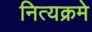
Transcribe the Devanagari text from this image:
नित्यक्रमे